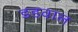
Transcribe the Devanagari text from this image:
डडवाल